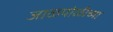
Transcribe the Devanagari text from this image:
जाळपोळीच्या